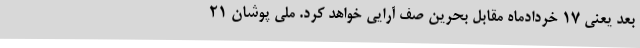
بعد یعنی ۱۷ خردادماه مقابل بحرین صف آرایی خواهد کرد. ملی پوشان ۲۱